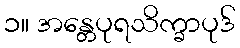
၁။ အန္တေပုရသိက္ခာပုဒ်